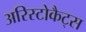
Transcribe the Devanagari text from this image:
अरिस्टोकैट्स